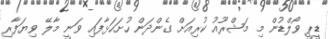
ޑީީޕީ ވޯލްޑުން މި މަޝްރޫއުު ކުރިއަށް ގެންދަން ހުށަހަޅާފައި ވަނީ މާލޭ ވިޔަފާރި